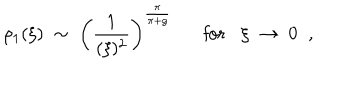
\rho _ { 1 } ( \xi ) \; \sim \; \left( \frac { 1 } { ( \xi ) ^ { 2 } } \right) ^ { \frac { \pi } { \pi + g } } \mathrm { f o r } \xi \; \rightarrow \; 0 \; \; ,